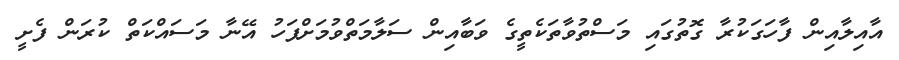
އާއިލާއިން ފާހަގަކުރާ ގޮތުގައި މަސްތުވާތަކެތީގެ ވަބާއިން ސަލާމަތްވުމަށްފަހު އޭނާ މަސައްކަތް ކުރަން ފެށީ